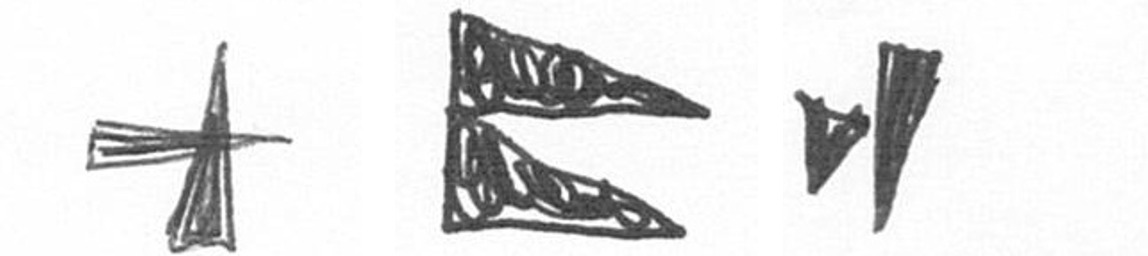
G P M